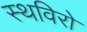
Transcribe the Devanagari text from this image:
स्थविरो